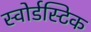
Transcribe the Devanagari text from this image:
स्वोर्डस्टिक